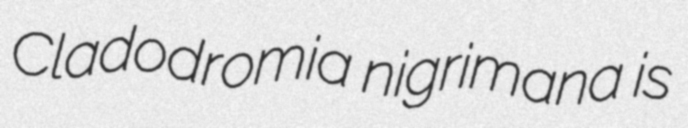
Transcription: Cladodromia nigrimana is